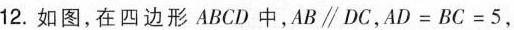
12.如图，在四边形ABCD中，AB // DC，AD=BC=5，